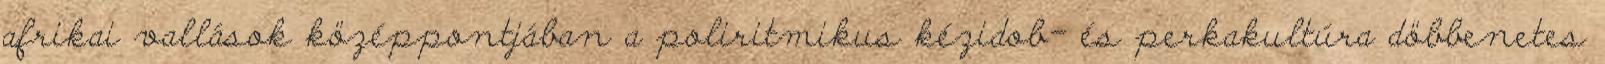
afrikai vallások középpontjában a poliritmikus kézidob- és perkakultúra döbbenetes